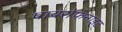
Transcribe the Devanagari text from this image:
पायरोफेनाइट